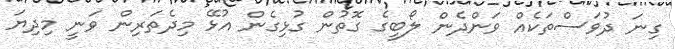
ގިނަ ދުވަސްތަކެއް ވަންދެން ލޯބީގެ ގޮތުން ގުޅިގެން އުޅޭ މިދެތަރިން ވަނީ މިދިޔަ